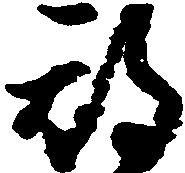
期